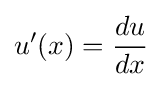
u'(x)={\frac {du}{dx}}